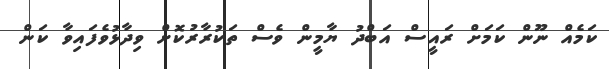
ކަމެއް ނޫން ކަމަށް ރައީސް އަބްދު ޔާމީން ވެސް ތަކުރާރުކޮށް ވިދާޅުވެފައިވާ ކަން